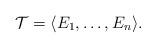
LaTeX: \begin{align*} \mathcal{T}=\langle E_1, \ldots, E_n \rangle.\end{align*}